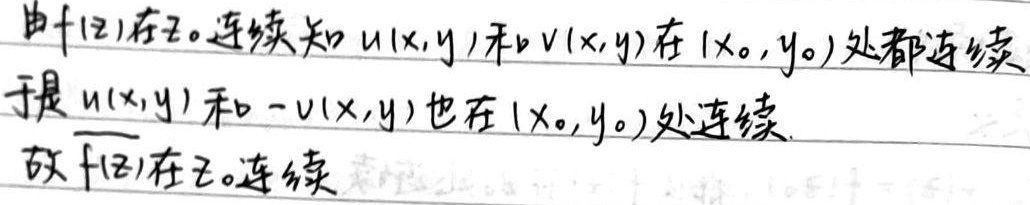
由$f(z)$在$z_0$连续知$u(x,y)$和$v(x,y)$在$(x_0,y_0)$处都连续。于是$u(x,y)$和$-v(x,y)$也在$(x_0,y_0)$处连续，故$\overline{f(z)}$在$z_0$连续。